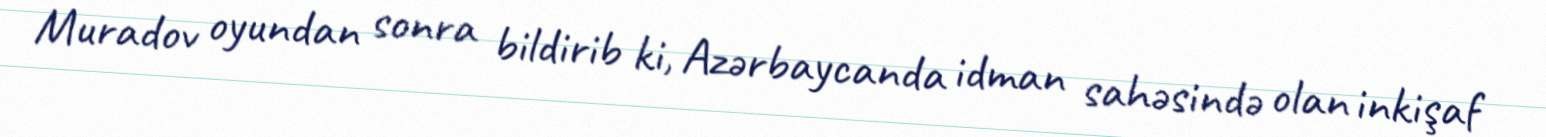
Muradov oyundan sonra bildirib ki, Azərbaycanda idman sahəsində olan inkişaf